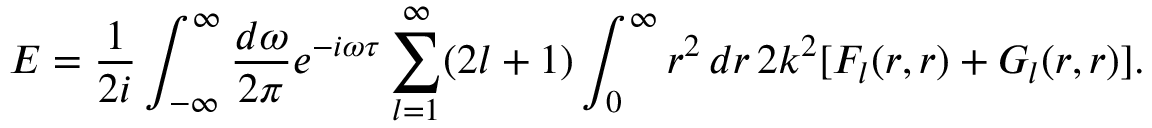
E = { \frac { 1 } { 2 i } } \int _ { - \infty } ^ { \infty } { \frac { d \omega } { 2 \pi } } e ^ { - i \omega \tau } \sum _ { l = 1 } ^ { \infty } ( 2 l + 1 ) \int _ { 0 } ^ { \infty } r ^ { 2 } \, d r \, 2 k ^ { 2 } [ F _ { l } ( r , r ) + G _ { l } ( r , r ) ] .